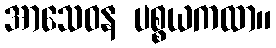
အာသေဝန ပစ္စယကထာ။